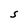
Character: S